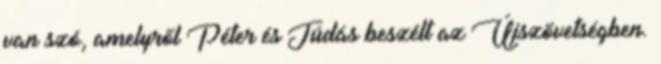
van szó, amelyről Péter és Júdás beszélt az Újszövetségben.